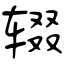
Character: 辍